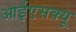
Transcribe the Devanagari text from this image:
आईएसक्यू